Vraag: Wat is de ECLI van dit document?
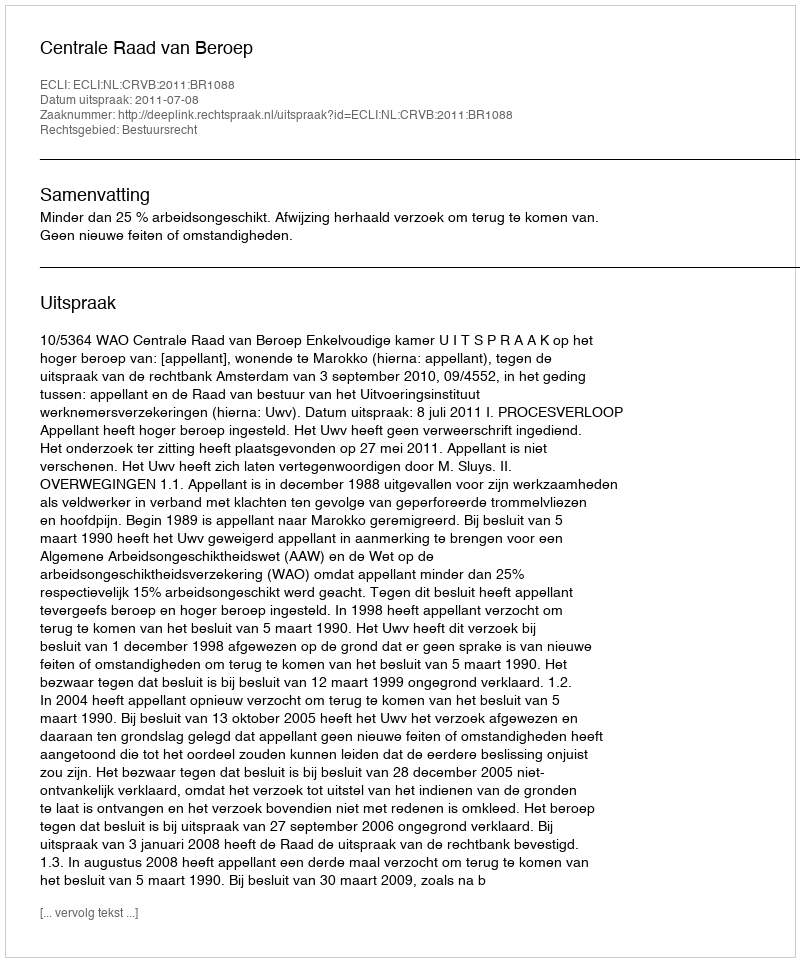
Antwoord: ECLI:NL:CRVB:2011:BR1088